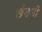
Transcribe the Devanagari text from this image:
छंडनी